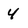
Character: 4